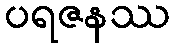
ပရဇနဿ